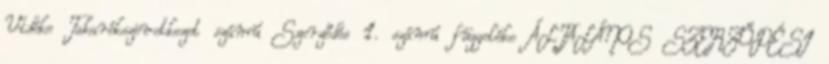
Vidéke Takarékszövetkezet számú Szerződés 1. számú függeléke ÁLTALÁNOS SZERZŐDÉSI